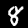
Digit: 8